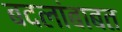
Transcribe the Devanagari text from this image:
बदलांबाबत